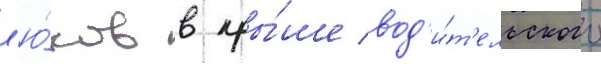
л'ю́ков в кры́ше вод'и́т'ельского